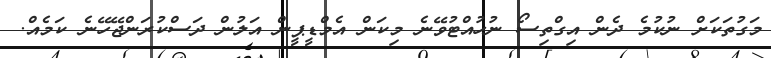
މަގުތަކަށް ނުކުމެ ދެން އިގްތިސޯ ނުހުއްޓުވޭނެ މިކަން އެމްޑީޕީން އަލުން ދަސްކުރަންޖޭހޭނެ ކަމެއް.